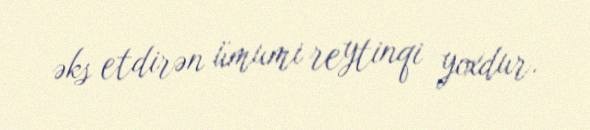
əks etdirən ümumi reytinqi yoxdur.